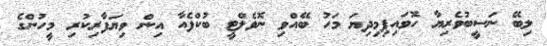
ލިބޭ ނަސީބުވެރިޔާ ހޮވައިފިމިދިޔަ މަހު ބޭއްވި ނޮވެލްޓީ ބުކްފެއާ އިން ވިޔަފާރިކުރި މީހުންގެ